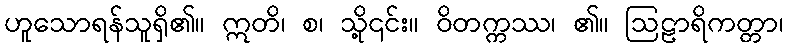
ဟူသောရန်သူရှိ၏။ ဣတိ၊ စ၊ သို့၎င်း။ ဝိတက္ကဿ၊ ၏။ ဩဠာရိကတ္တာ၊